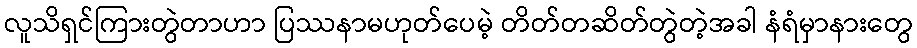
လူသိရှင်ကြားတွဲတာဟာ ပြဿနာမဟုတ်ပေမဲ့ တိတ်တဆိတ်တွဲတဲ့အခါ နံရံမှာနားတွေ